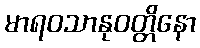
မာရဝသာနုဝတ္တိနော